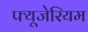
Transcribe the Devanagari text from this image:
फ्यूजेरियम